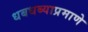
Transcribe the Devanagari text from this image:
धबधब्याप्रमाणे